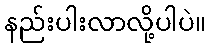
နည်းပါးလာလို့ပါပဲ။